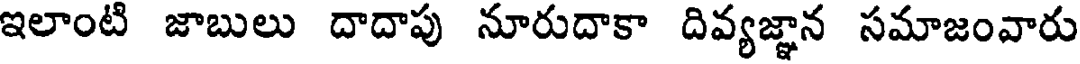
ఇలాంటి జాబులు దాదాపు నూరుదాకా దివ్యజ్ఞాన సమాజంవారు